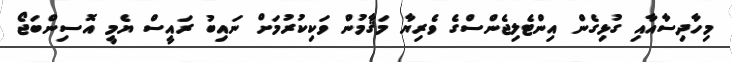
މިހާދިސާއާއި ގުޅިގެން އިންޓެލިޖެންސްގެ ވެރިޔާ މަޤާމުން ވަކިކުރުމަށް ނައިބު ރައީސް ޔެމީ އޮސިންބަޖޯ